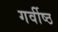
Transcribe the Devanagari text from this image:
गर्वीष्ठ